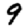
Digit: 9